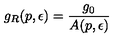
g _ { R } ( p , \epsilon ) = \frac { g _ { 0 } } { A ( p , \epsilon ) }